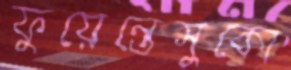
ফুয়েন্তেসুকো